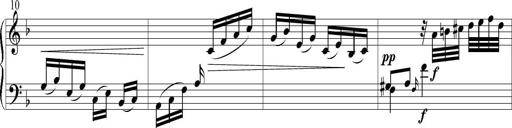
Title: 6 Leichte Sonatinen, Teil 1
Composer: F. Sigismund Sander